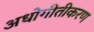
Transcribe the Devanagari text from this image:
अधोगीतीकरण